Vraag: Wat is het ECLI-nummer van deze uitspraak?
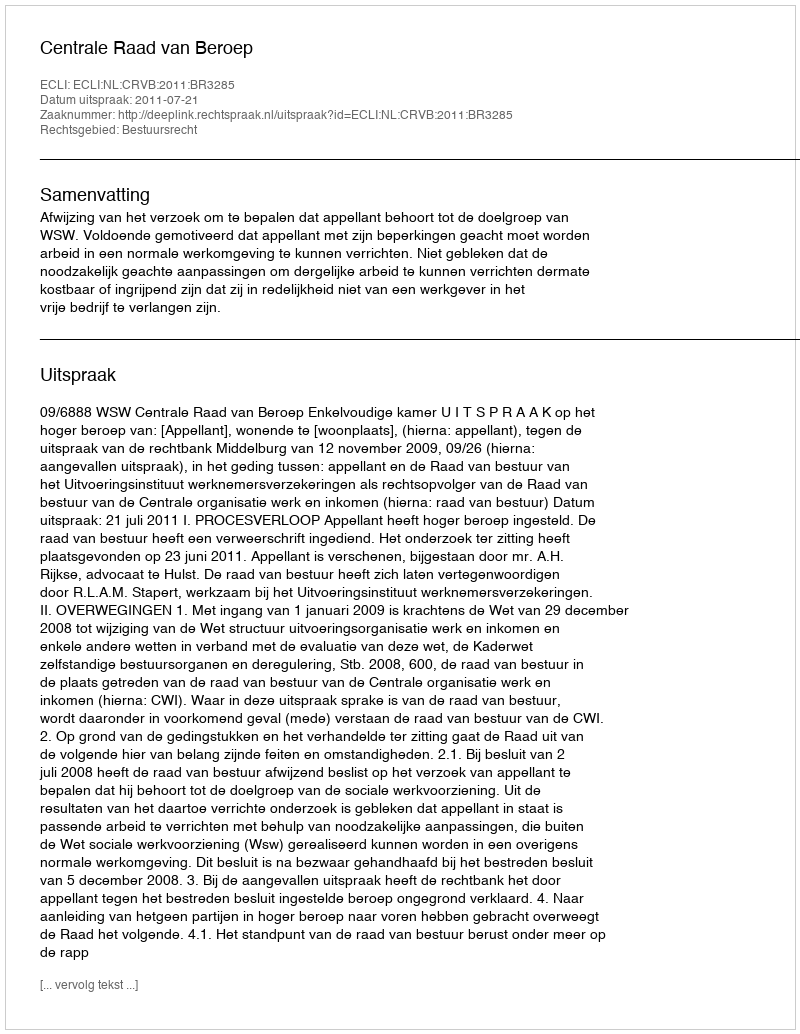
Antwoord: ECLI:NL:CRVB:2011:BR3285